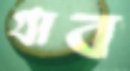
গ্রাব